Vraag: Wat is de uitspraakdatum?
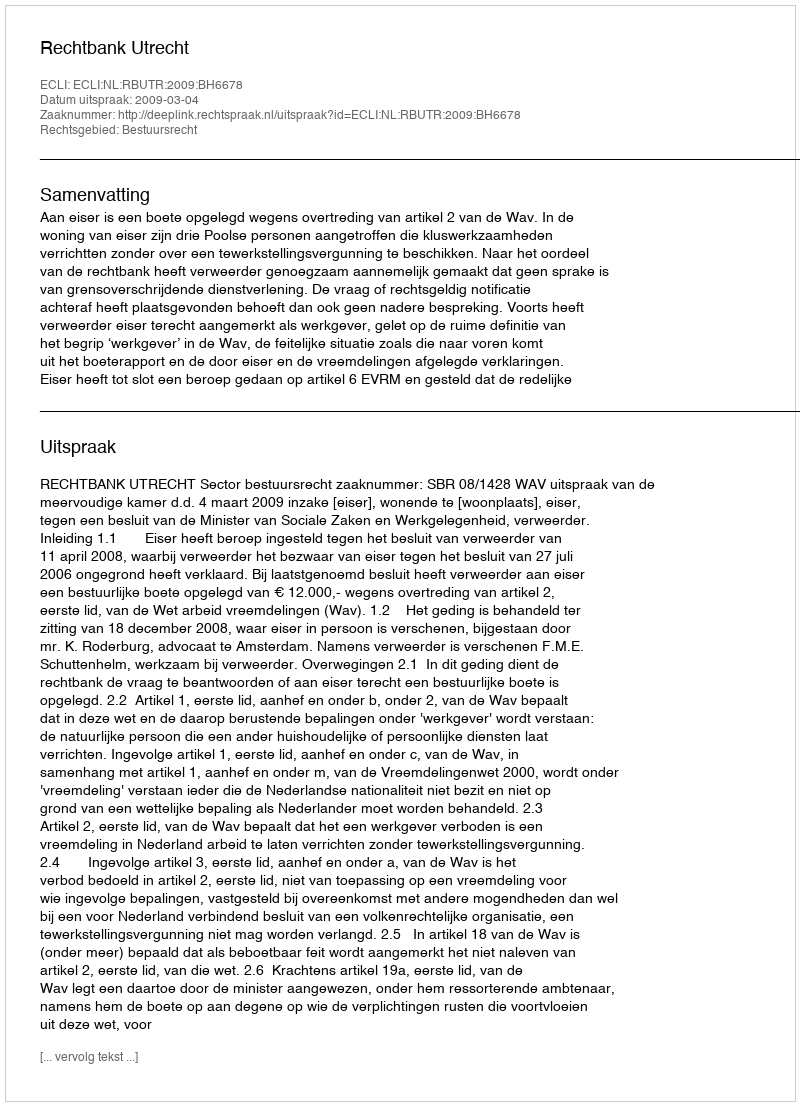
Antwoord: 2009-03-04